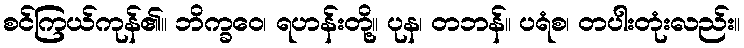
စင်ကြယ်ကုန်၏။ ဘိက္ခဝေ၊ ရဟန်းတို့။ ပုန၊ တဘန်။ ပရံစ၊ တပါးတုံးလည်း။